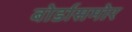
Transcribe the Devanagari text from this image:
बोर्डासमोर